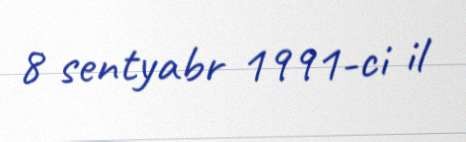
8 sentyabr 1991-ci il